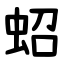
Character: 蛁